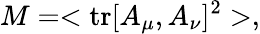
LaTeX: M=<\mathrm{tr}[A_{\mu},A_{\nu}]^{2}>,